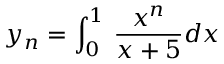
y _ { n } = \int _ { 0 } ^ { 1 } \, { \frac { x ^ { n } } { x + 5 } } d x